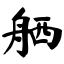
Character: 舾